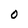
Character: 0